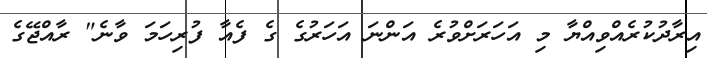
އިރާދުކުރެއްވިއްޔާ މި އަހަރަށްވުރެ އަންނަ އަހަރުގެ ގެ ފެއާ ފުރިހަމަ ވާނެ" ރާއްޖޭގެ